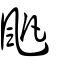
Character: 𩖛